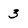
Character: 3